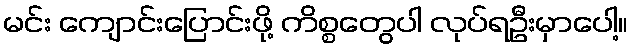
မင်း ကျောင်းပြောင်းဖို့ ကိစ္စတွေပါ လုပ်ရဦးမှာပေါ့။